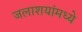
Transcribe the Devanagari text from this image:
जलाशयांमध्ये